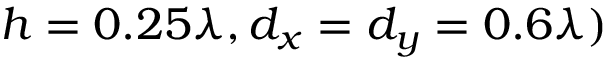
h = 0 . 2 5 \lambda , d _ { x } = d _ { y } = 0 . 6 \lambda )